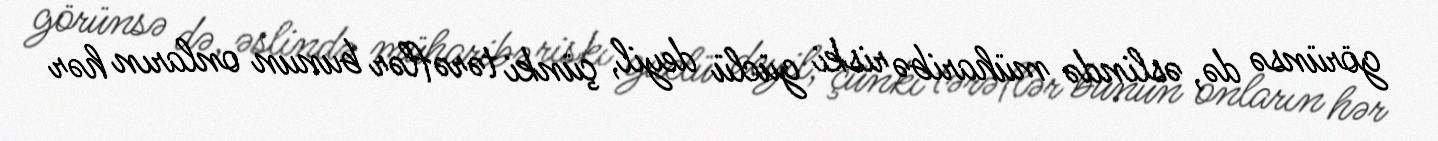
görünsə də, əslində müharibə riski güclü deyil, çünki tərəflər bunun onların hər